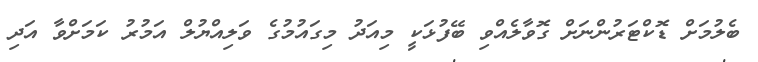
ބެލުމަށް ޑޮކްޓަރުންނަށް ގޮވާލެއްވި ބޭފުޅަކީ މިއަދު މިގައުމުގެ ވަލިއްޔުލް އަމުރު ކަމަށްވާ އަދި